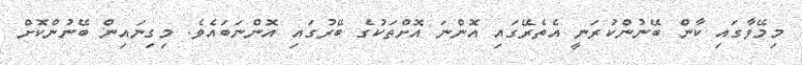
މިމޭވާގައި ކާން ބޭނުންކުރަނީ އެތެރޭގައި އޮންނަ އޮށްތަކުގެ ބޭރުގައި އޮންނަބައެވެ. މިގިނައިން ބޭނުންކޮށް